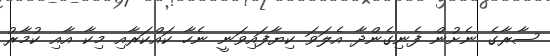
ސާރާގެ ނެށުން ފެނިގެންދާ އެލަވަ ކިޔާފައިވަނީ ނެހާ ކައްކަރާއި މިކާ އާއި ކުމާރު